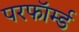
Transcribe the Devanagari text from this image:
परफॉर्म्ड